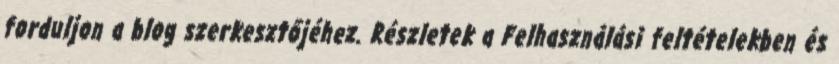
forduljon a blog szerkesztőjéhez. Részletek a Felhasználási feltételekben és